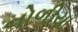
નોળીયા